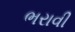
ભરાવી